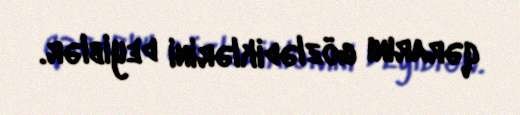
qərarını gözlədiklərini deyiblər.